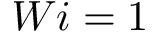
W i = 1